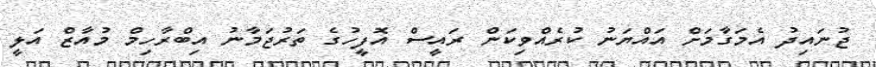
ޖުނައިދު އެމަގާމަށް އައްޔަނު ކުރެއްވިކަން ރައީސް އޮފީހުގެ ތަރުޖަމާނު އިބްރާހިމް މުއާޒް އަލީ